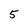
Character: 5